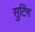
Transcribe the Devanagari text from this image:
सुटिंग